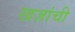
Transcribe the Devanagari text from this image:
खज़ांची